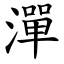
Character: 潬